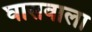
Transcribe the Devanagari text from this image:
घासवाला